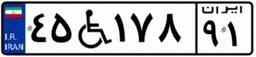
۴۵W۱۷۸۹۱